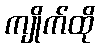
ကျိုက်ထို